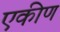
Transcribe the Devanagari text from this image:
एकीण